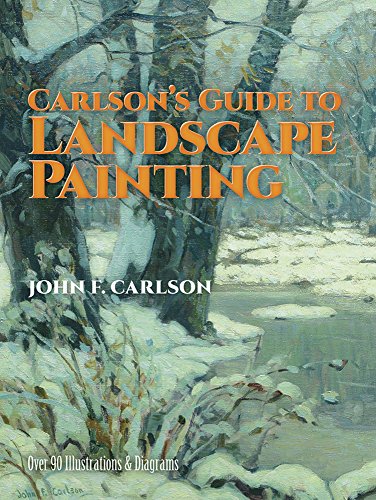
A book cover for Carlson's Guide to Landscape Painting; John F. Carlson; Arts & Photography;